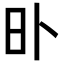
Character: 𣅃